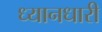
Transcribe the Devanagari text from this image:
ध्यानधारी